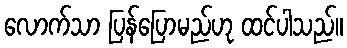
လောက်သာ ပြန်ပြောမည်ဟု ထင်ပါသည်။